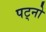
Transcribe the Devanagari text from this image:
पट्नो